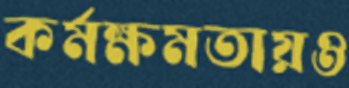
কর্মক্ষমতায়ও